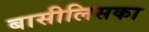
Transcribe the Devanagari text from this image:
बासीलिसका